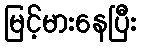
မြင့်မားနေပြီး